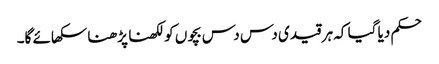
حکم دیا گیا کہ ہر قیدی دس دس بچوں کو لکھنا پڑھنا سکھائے گا۔